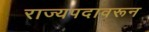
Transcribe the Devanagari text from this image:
राज्यपदावरून